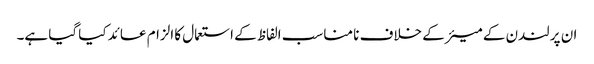
ان پر لندن کے میئر کے خلاف نا مناسب الفاظ کے استعمال کا الزام عائد کیا گیا ہے۔